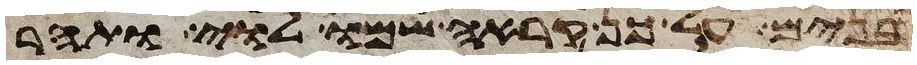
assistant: בנים על כן קראה שמו לוי ותהר